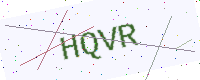
Text: HQVR